On the action of the venoms of the cobra (Naja tripudians) and of the daboia (Daboia russellii) on the red blood corpuscles and on the blood plasma - Number 4
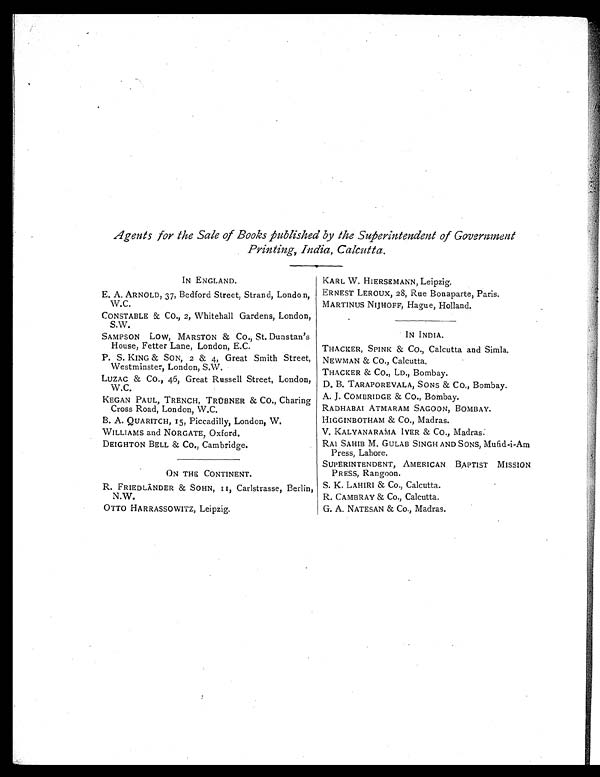
Agents for the Sale of Books published by The Superintendent of Government
Printing, India, Calcutta.
IN ENGLAND.
E. A. ARNOLD, 37, Bedford Street, Strand, London,
W.C.
CONSTABLE amp; CO., 2, Whitehall Gardens, London,
S.W.
SAMPSON Low, MARSTON amp; CO., St. Dunstan's
House, Fetter Lane, London, E.C.
P. S. KING amp; SON, 2 amp; 4, Great Smith Street,
Westminster, London, S.W.
LUZAC amp; CO., 46, Great Russell Street, London,
W . C.
KEGAN PAUL, TRENCH, TRUBNER amp; CO., Charing
Cross Road, London, W.C.
B. A. QUARITCH, 15, Piccadilly, London, W.
WILLIAMS and NORGATE, Oxford.
DEIGHTON BELL amp; CO., Cambridge.
ON THE CONTINENT.
R. FRIEDLANDER amp; SOHN, II, Carlstrasse, Berlin,
N.W.
OTTO HARRASSOWITZ, Leipzig.
KARL W. HIERSEMANN, Leipzig.
ERNEST LEROUX, 28, Rue Bonaparte, Paris.
MARTINUS NIJHOFF, Hague, Holland.
IN INDIA.
THACKER, SPINK amp; CO., Calcutta and Simla.
NEWMAN amp; CO., Calcutta.
THACKER amp; CO., LD., Bombay.
D. B. TARAPOREVALA, SONS amp; Co., Bombay.
A. J. COMBRIDGE amp; CO., Bombay.
RADHABAI ATMARAM SAGOON, BOMBAY,
HIGGINBOTHAM amp; CO., Madras.
V. KALYANARAMA IYER amp; CO., Madras.
RA1 SAHIB M. GULAB SINGH AND SONS, Mufid-i-Am
Press, Lahore.
SUPERINTENDENT, AMERICAN BAPTIST MISSION
PRESS, Rangoon.
S. K. LAHIRI amp; Co. , Cal cutta.
R. CAMBRAY amp; Co. , Cal cut t a.
G. A. NATESAN amp; Co. , Madras.